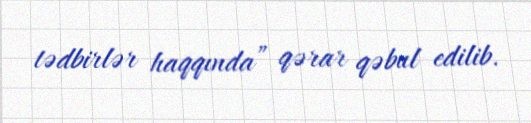
tədbirlər haqqında” qərar qəbul edilib.